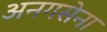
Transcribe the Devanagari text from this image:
अनगसेना